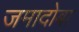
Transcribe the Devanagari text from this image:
जमादोबा